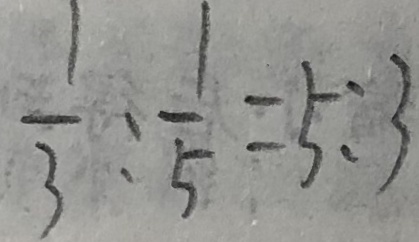
\frac { 1 } { 3 } : \frac { 1 } { 5 } = 5 : 3